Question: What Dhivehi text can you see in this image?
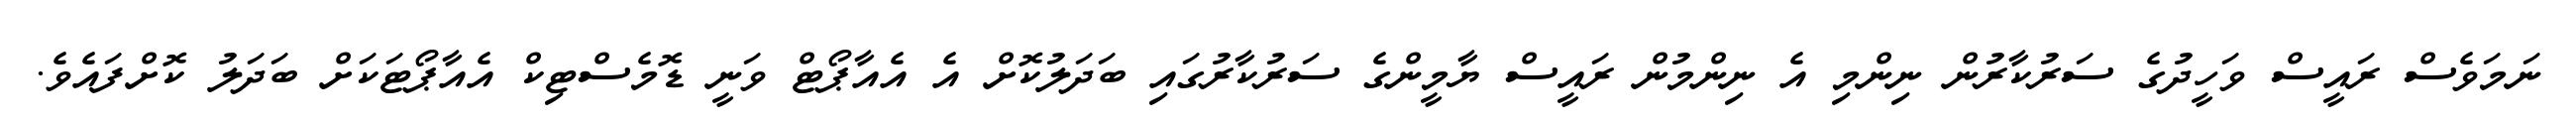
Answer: ނަމަވެސް ރައީސް ވަހީދުގެ ސަރުކާރުން ނިންމި އެ ނިންމުން ރައީސް ޔާމީންގެ ސަރުކާރުގައި ބަދަލުކޮށް އެ އެއާޕޯޓް ވަނީ ޑޮމެސްޓިކް އެއާޕޯޓަކަށް ބަދަލު ކޮށްފައެވެ.